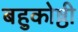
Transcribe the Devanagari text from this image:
बहुकोष्ठी